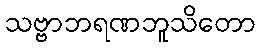
သဗ္ဗာဘရဏဘူသိတော